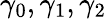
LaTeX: \gamma_{0},\gamma_{1},\gamma_{2}